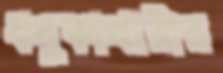
ধনুকাধারীর